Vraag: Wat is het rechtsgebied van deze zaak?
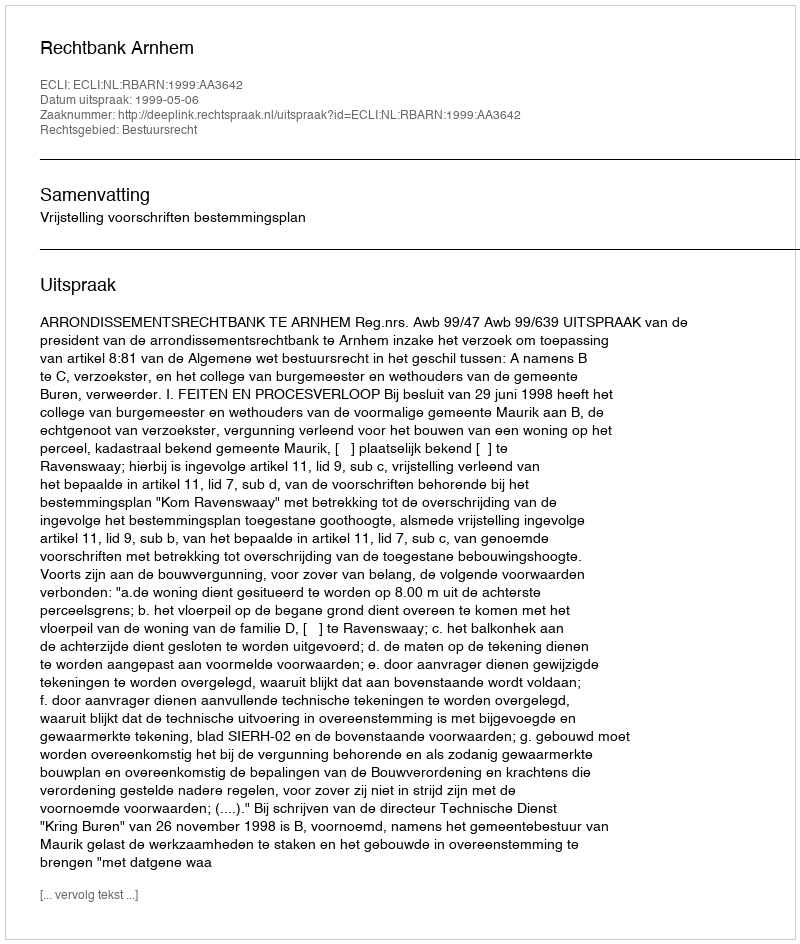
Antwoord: Bestuursrecht